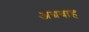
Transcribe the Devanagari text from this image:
अग्रवाह